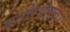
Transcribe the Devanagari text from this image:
मनोरथाख्यं।